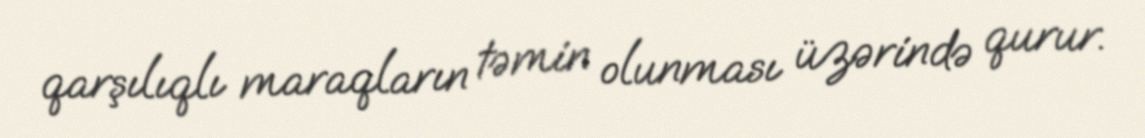
qarşılıqlı maraqların təmin olunması üzərində qurur.